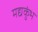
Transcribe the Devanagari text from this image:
मद्यकुंभ